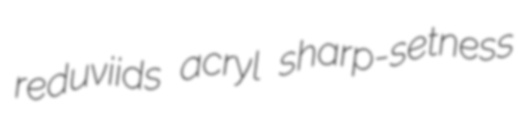
reduviids acryl sharp-setness